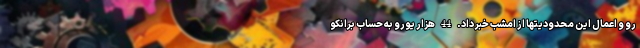
رو و اعمال این محدودیتها از امشب خبر داد. 44 هزار یورو به حساب برانکو